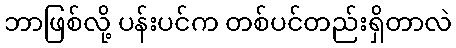
ဘာဖြစ်လို့ ပန်းပင်က တစ်ပင်တည်းရှိတာလဲ